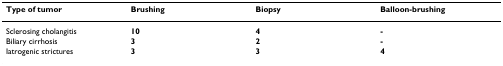
<table><thead><tr><td><b>Type of tumor</b></td><td><b>Brushing</b></td><td><b>Biopsy</b></td><td><b>Balloon-brushing</b></td></tr></thead><tbody><tr><td>Sclerosing cholangitis</td><td><b>10</b></td><td><b>4</b></td><td><b>-</b></td></tr><tr><td>Biliary cirrhosis</td><td><b>3</b></td><td><b>2</b></td><td><b>-</b></td></tr><tr><td>Iatrogenic strictures</td><td><b>3</b></td><td><b>3</b></td><td><b>4</b></td></tr></tbody></table>